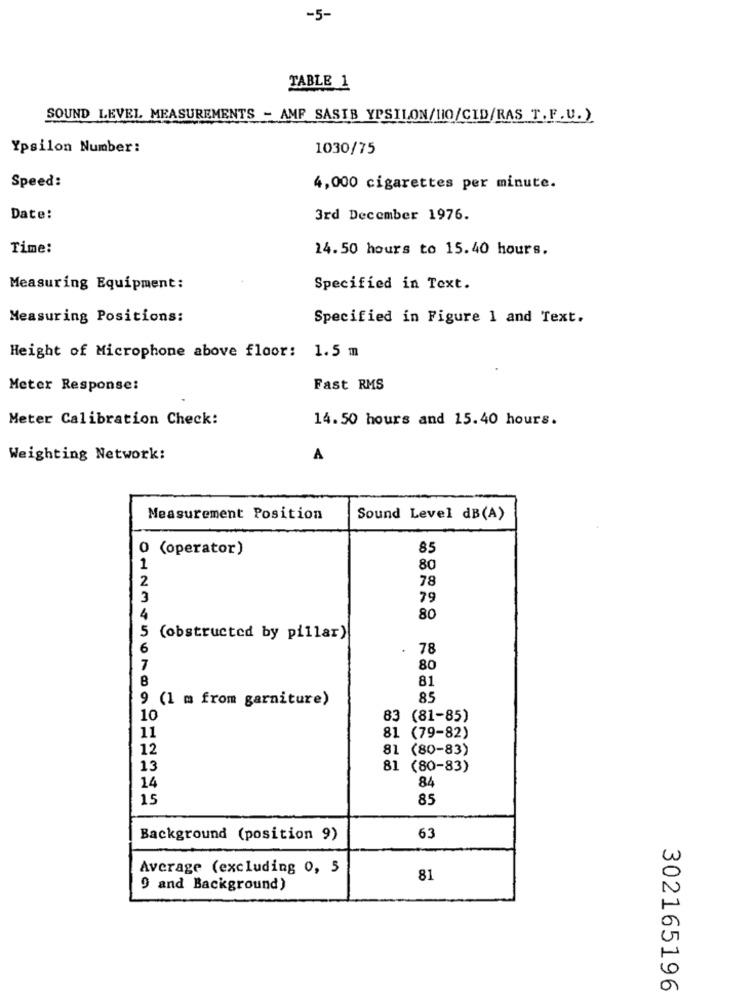
-5-
TABLE 1
SOUND LEVEL MEASUREMENTS - AMF SASTB YPSILON/10/CID/RAS T.F .U.)
Ypsilon Number:
1030/75
Speed:
4,000 cigarettes per minute.
Date:
3rd December 1976.
Time:
14.50 hours to 15.40 hours.
Measuring Equipment:
Specified in Text.
Measuring Positions:
Specified in Figure 1 and Text.
Height of Microphone above floor: 1.5 m
Meter Response:
Fast RMS
Meter Calibration Check:
14.50 hours and 15.40 hours.
Weighting Network:
A
Measurement Position
Sound Level dB(A)
0 (operator)
85
1
80
2
78
79
80
5 (obstructed by pillar)
. 78
80
81
9 (1 m from garniture)
85
10
83 (81-85)
11
81 (79-82)
12
81 (80-83)
13
81 (80-83)
84
14
15
85
Background (position 9)
63
Average (excluding 0, 5
81
9 and Background)
302165196